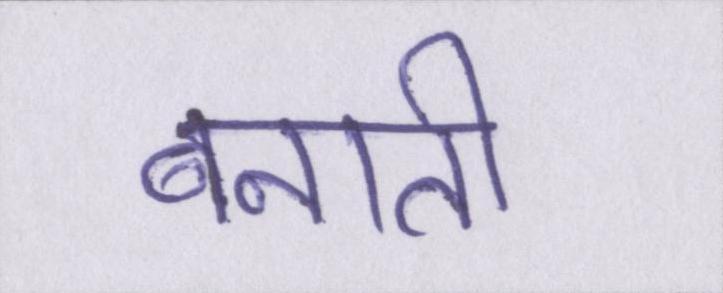
बनाती